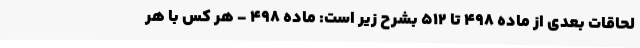
لحاقات بعدی از ماده ۴۹۸ تا ۵۱۲ بشرح زیر است: ماده 498 - هر کس با هر